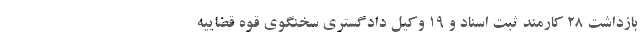
بازداشت ۲۸ کارمند ثبت اسناد و ۱۹ وکیل دادگستری سخنگوی قوه قضاییه